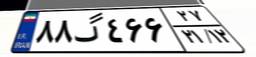
۶۱گ۰۹۵۷۵